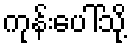
ကုန်းပေါ်သို့